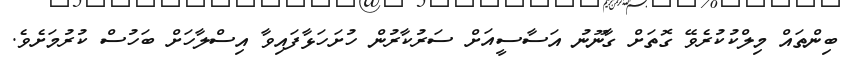
ބިންތައް މިލްކުކުރެވޭ ގޮތަށް ގާނޫނު އަސާސީއަށް ސަރުކާރުން ހުށަހަޅާފައިވާ އިސްލާހަށް ބަހުސް ކުރުމަށެވެ.